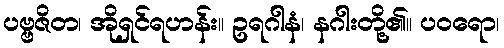
ပဗ္ဗဇိတ၊ အိုရှင်ရဟန်း။ ဥရဂါနံ၊ နဂါးတို့၏။ ပဝရော၊